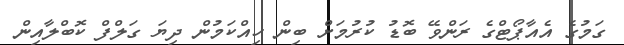
ގަމުގެ އެއާޕޯޓްގެ ރަންވޭ ބޮޑު ކުރުމަށް ބިން ހިއްކަމުން ދިޔަ ގަލްފް ކޮބްލާއިން